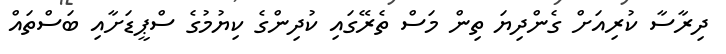
ދިރާސާ ކުރިއަށް ގެންދިޔަ ތިން މަސް ތެރޭގައި ކުދިންގެ ކިޔުމުގެ ސްޕީޑަށާއި ބަސްތައް